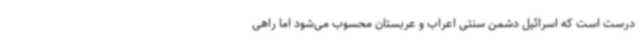
درست است که اسرائیل دشمن سنتی اعراب و عربستان محسوب می‌شود اما راهی